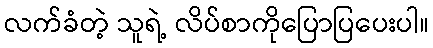
လက်ခံတဲ့ သူရဲ့ လိပ်စာကိုပြောပြပေးပါ။